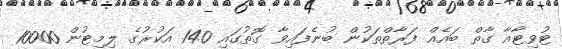
ޓުވިޓާއާ ގާތް ބައެއް ފަރާތްތަކުން ބުނެފައިވާ ގޮތުގައި 140 އަކުރުގެ ލިމިޓުން 10000